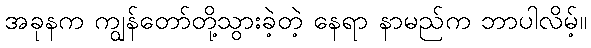
အခုနက ကျွန်တော်တို့သွားခဲ့တဲ့ နေရာ နာမည်က ဘာပါလိမ့်။